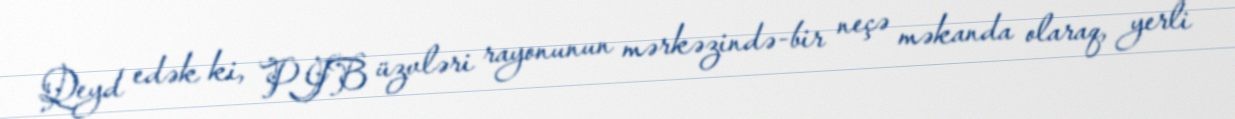
Qeyd edək ki, PJB üzvləri rayonunun mərkəzində-bir neçə məkanda olaraq, yerli